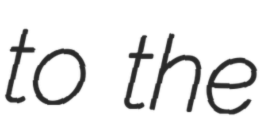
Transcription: to the